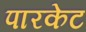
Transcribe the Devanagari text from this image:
पारकेट